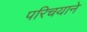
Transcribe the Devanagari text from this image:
परिचयाने